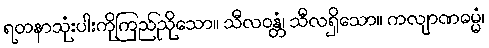
ရတနာသုံးပါးကိုကြည်ညိုသော။ သီလဝန္တံ၊ သီလရှိသော။ ကလျာဏဓမ္မံ၊